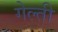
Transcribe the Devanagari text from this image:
गेल्ती